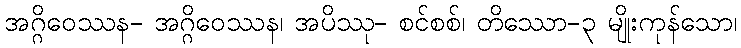
အဂ္ဂိဝေဿန- အဂ္ဂိဝေဿန၊ အပိဿု- စင်စစ်၊ တိဿော-၃ မျိုးကုန်သော၊